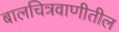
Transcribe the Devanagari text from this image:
बालचित्रवाणीतील